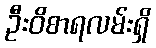
ဦးဝိစာရလမ်းရှိ